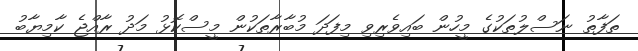
ތަފާތު ނަސްލުތަކުގެ މީހުން ބައިވެރިވި މިފަދަ މުބާރާތަކުން މީސްކޮޅު މަދު ރާއްޖެ ކާމިޔާބު